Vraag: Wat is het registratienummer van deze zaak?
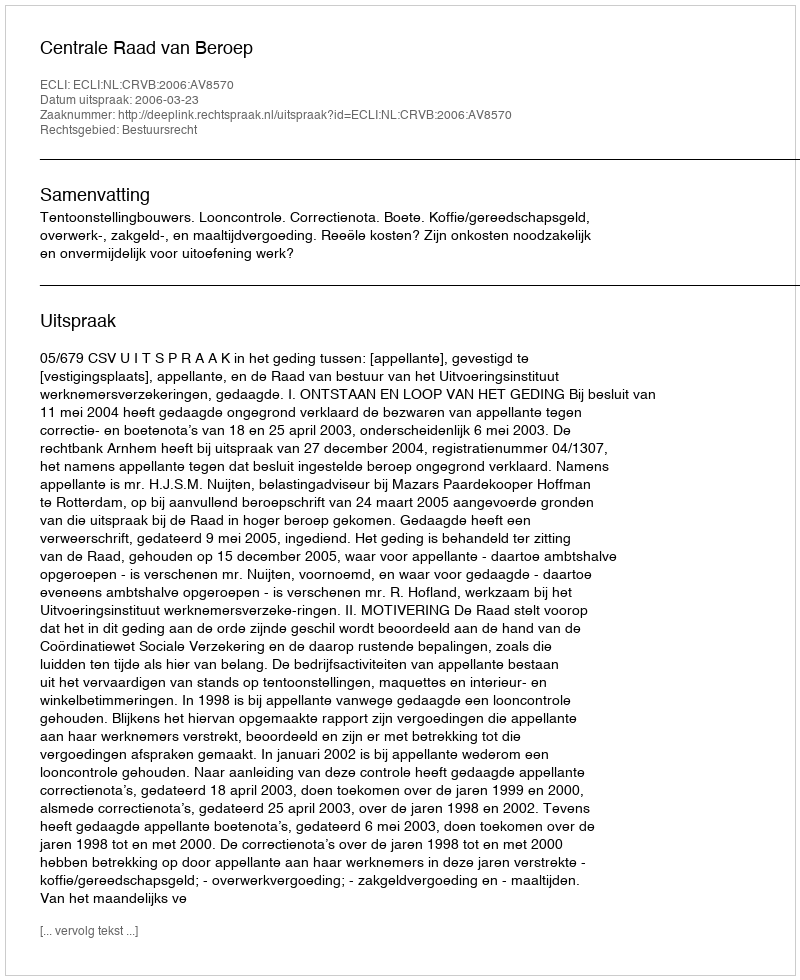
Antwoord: http://deeplink.rechtspraak.nl/uitspraak?id=ECLI:NL:CRVB:2006:AV8570